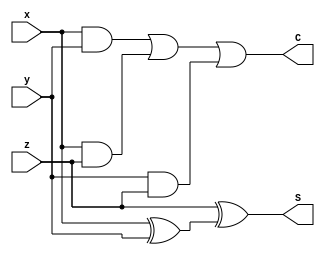
module Full_adder(x,y,z,S,C);
    input x,y,z;
    output S,C;
    wire w1;

    xor (w1,x,y);
    xor (S,z,w1);

    assign C = (x&&y) || (x&&z) ||(y&&z);
endmodule